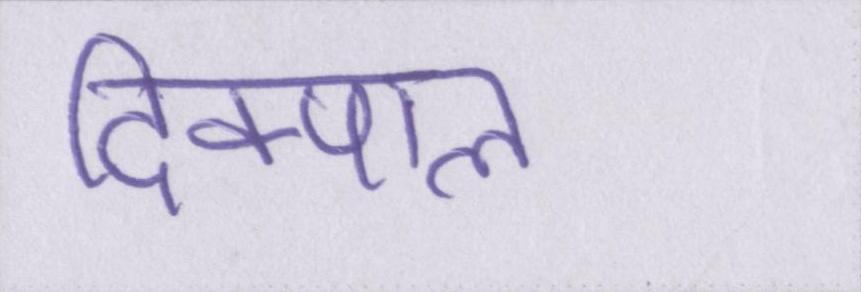
दिक्पाल